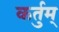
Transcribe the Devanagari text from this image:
कर्तुम्